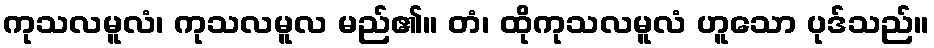
ကုသလမူလံ၊ ကုသလမူလ မည်၏။ တံ၊ ထိုကုသလမူလံ ဟူသော ပုဒ်သည်။